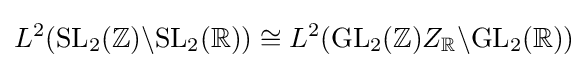
L^{2}(\mathrm {SL} _{2}(\mathbb {Z} )\backslash \mathrm {SL} _{2}(\mathbb {R} ))\cong L^{2}(\mathrm {GL} _{2}(\mathbb {Z} )Z_{\mathbb {R} }\backslash \mathrm {GL} _{2}(\mathbb {R} ))